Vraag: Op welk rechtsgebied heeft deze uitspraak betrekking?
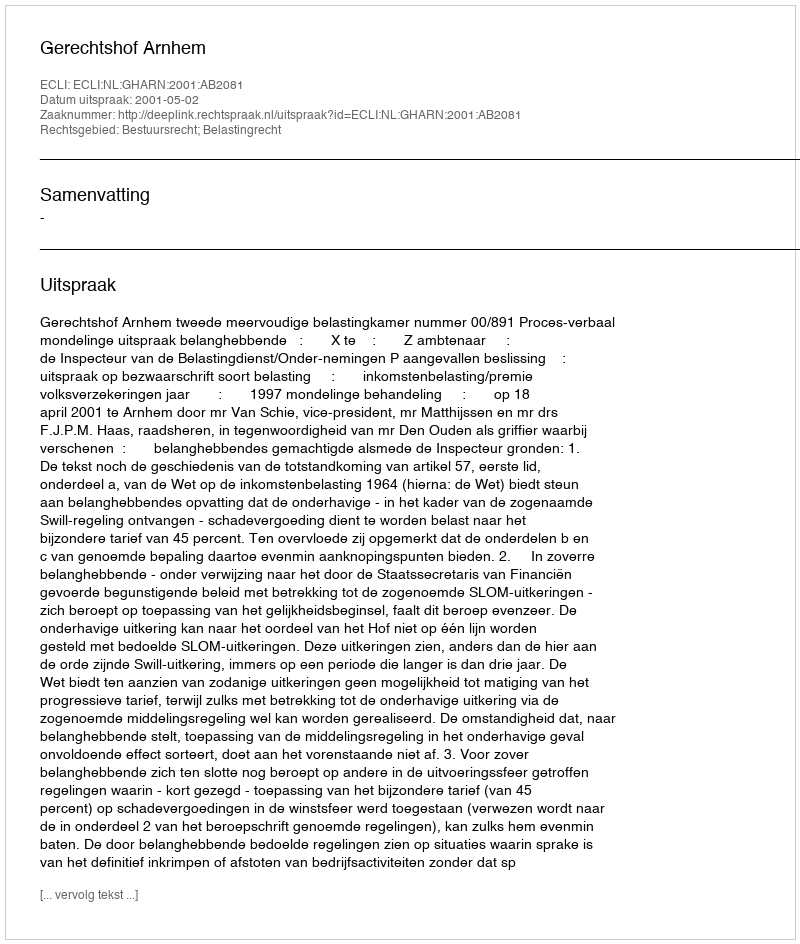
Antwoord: Bestuursrecht; Belastingrecht